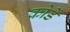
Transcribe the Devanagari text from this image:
कोर्डे